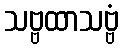
သဗ္ဗထာသဗ္ဗံ